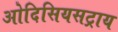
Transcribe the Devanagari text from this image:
ओदिसियसट्राय